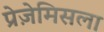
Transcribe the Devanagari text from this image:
प्रेज़ेमिसला